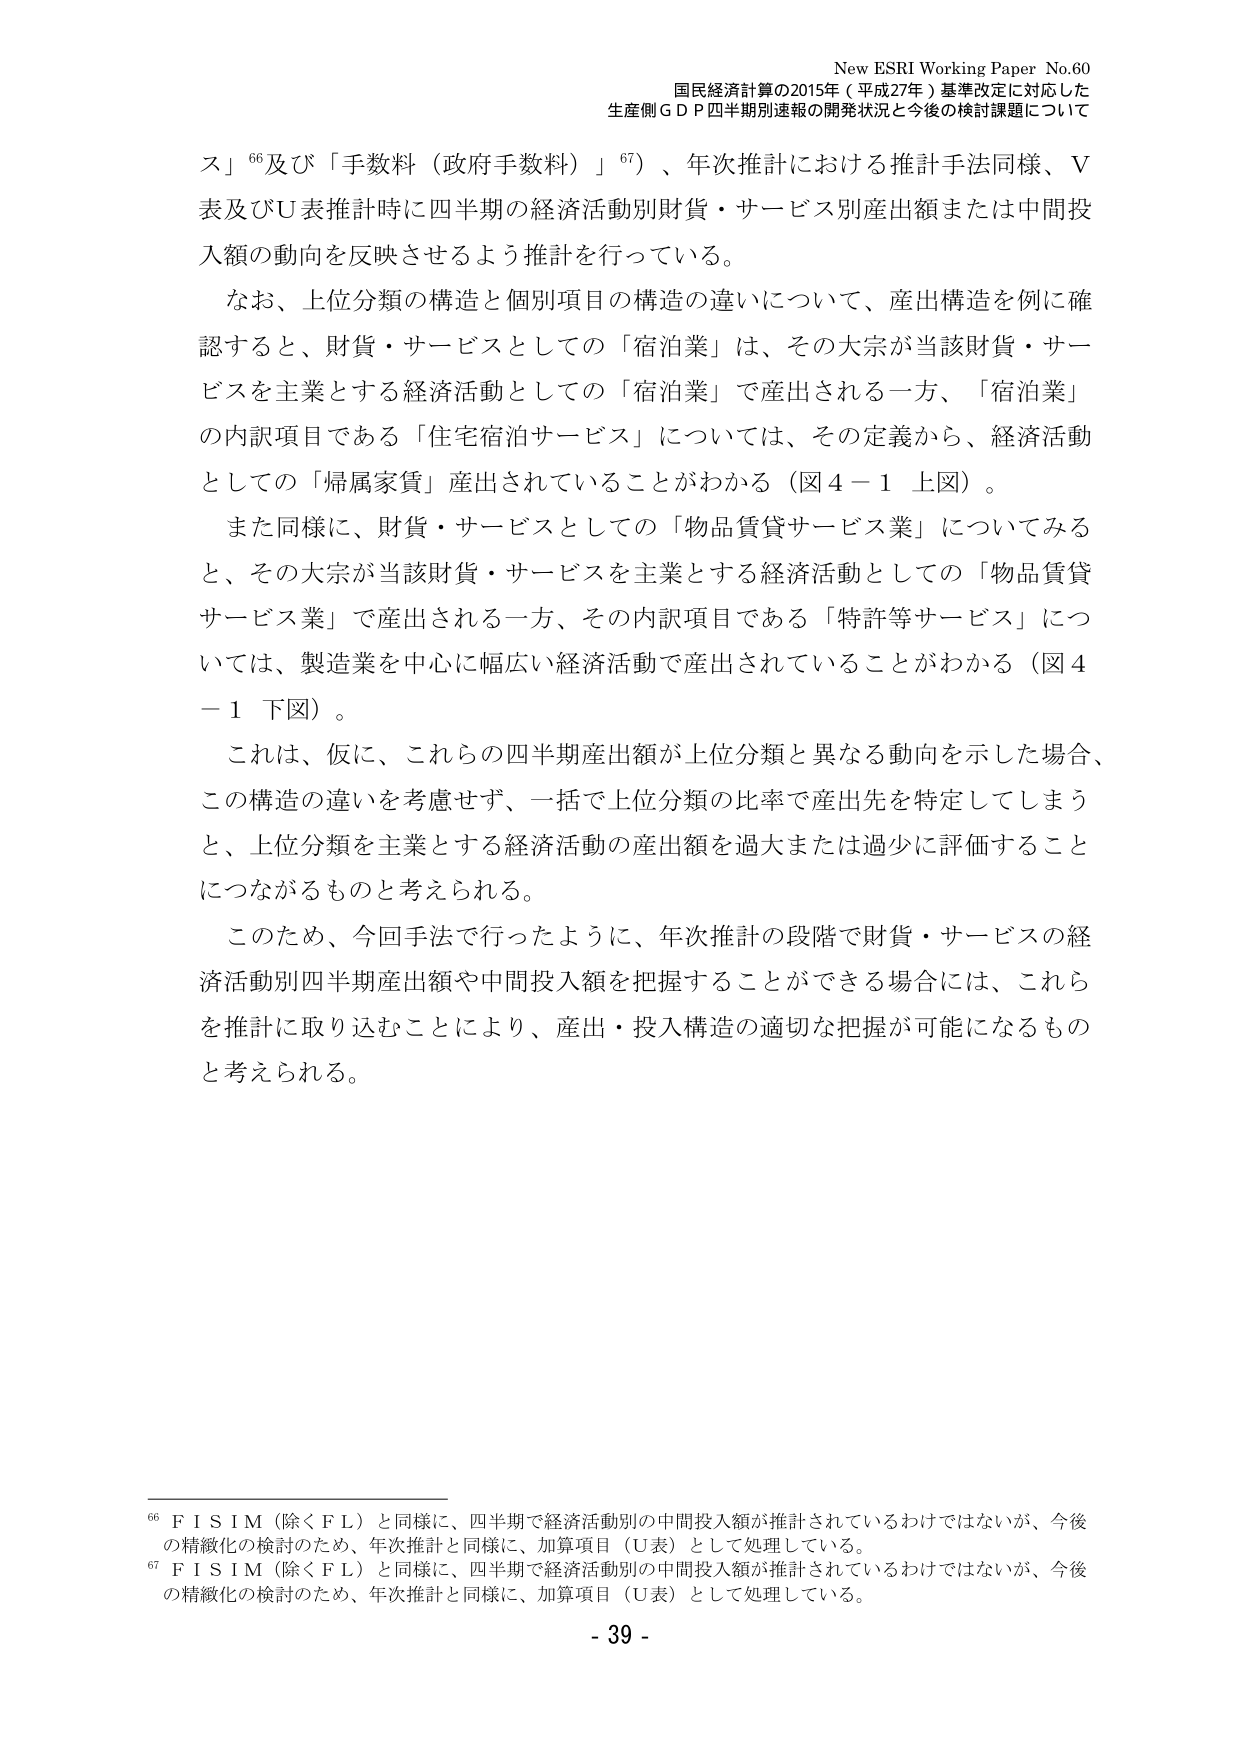
New ESRI Working Paper No.60
国民経済計算の2015年（平成27年）基準改定に対応した
生産側ＧＤＰ四半期別速報の開発状況と今後の検討課題について

ス」⁶⁶及び「手数料（政府手数料）」⁶⁷）、年次推計における推計手法同様、Ｖ表及びＵ表推計時に四半期の経済活動別財貨・サービス別産出額または中間投入額の動向を反映させるよう推計を行っている。

なお、上位分類の構造と個別項目の構造の違いについて、産出構造を例に確認すると、財貨・サービスとしての「宿泊業」は、その大宗が当該財貨・サービスを主業とする経済活動としての「宿泊業」で産出される一方、「宿泊業」の内訳項目である「住宅宿泊サービス」については、その定義から、経済活動としての「帰属家賃」産出されていることがわかる（図4－1 上図）。

また同様に、財貨・サービスとしての「物品賃貸サービス業」についてみると、その大宗が当該財貨・サービスを主業とする経済活動としての「物品賃貸サービス業」で産出される一方、その内訳項目である「特許等サービス」については、製造業を中心に幅広い経済活動で産出されていることがわかる（図4－1 下図）。

これは、仮に、これらの四半期産出額が上位分類と異なる動向を示した場合、この構造の違いを考慮せず、一括で上位分類の比率で産出先を特定してしまうと、上位分類を主業とする経済活動の産出額を過大または過少に評価することにつながるものと考えられる。

このため、今回手法で行ったように、年次推計の段階で財貨・サービスの経済活動別四半期産出額や中間投入額を把握することができる場合には、これらを推計に取り込むことにより、産出・投入構造の適切な把握が可能になるものと考えられる。

⁶⁶ ＦＩＳＩＭ（除くＦＬ）と同様に、四半期で経済活動別の中間投入額が推計されているわけではないが、今後の精緻化の検討のため、年次推計と同様に、加算項目（Ｕ表）として処理している。
⁶⁷ ＦＩＳＩＭ（除くＦＬ）と同様に、四半期で経済活動別の中間投入額が推計されているわけではないが、今後の精緻化の検討のため、年次推計と同様に、加算項目（Ｕ表）として処理している。

- 39 -